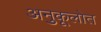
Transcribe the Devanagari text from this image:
अनुकूलोत